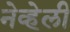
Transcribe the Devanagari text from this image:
नेव्हेली